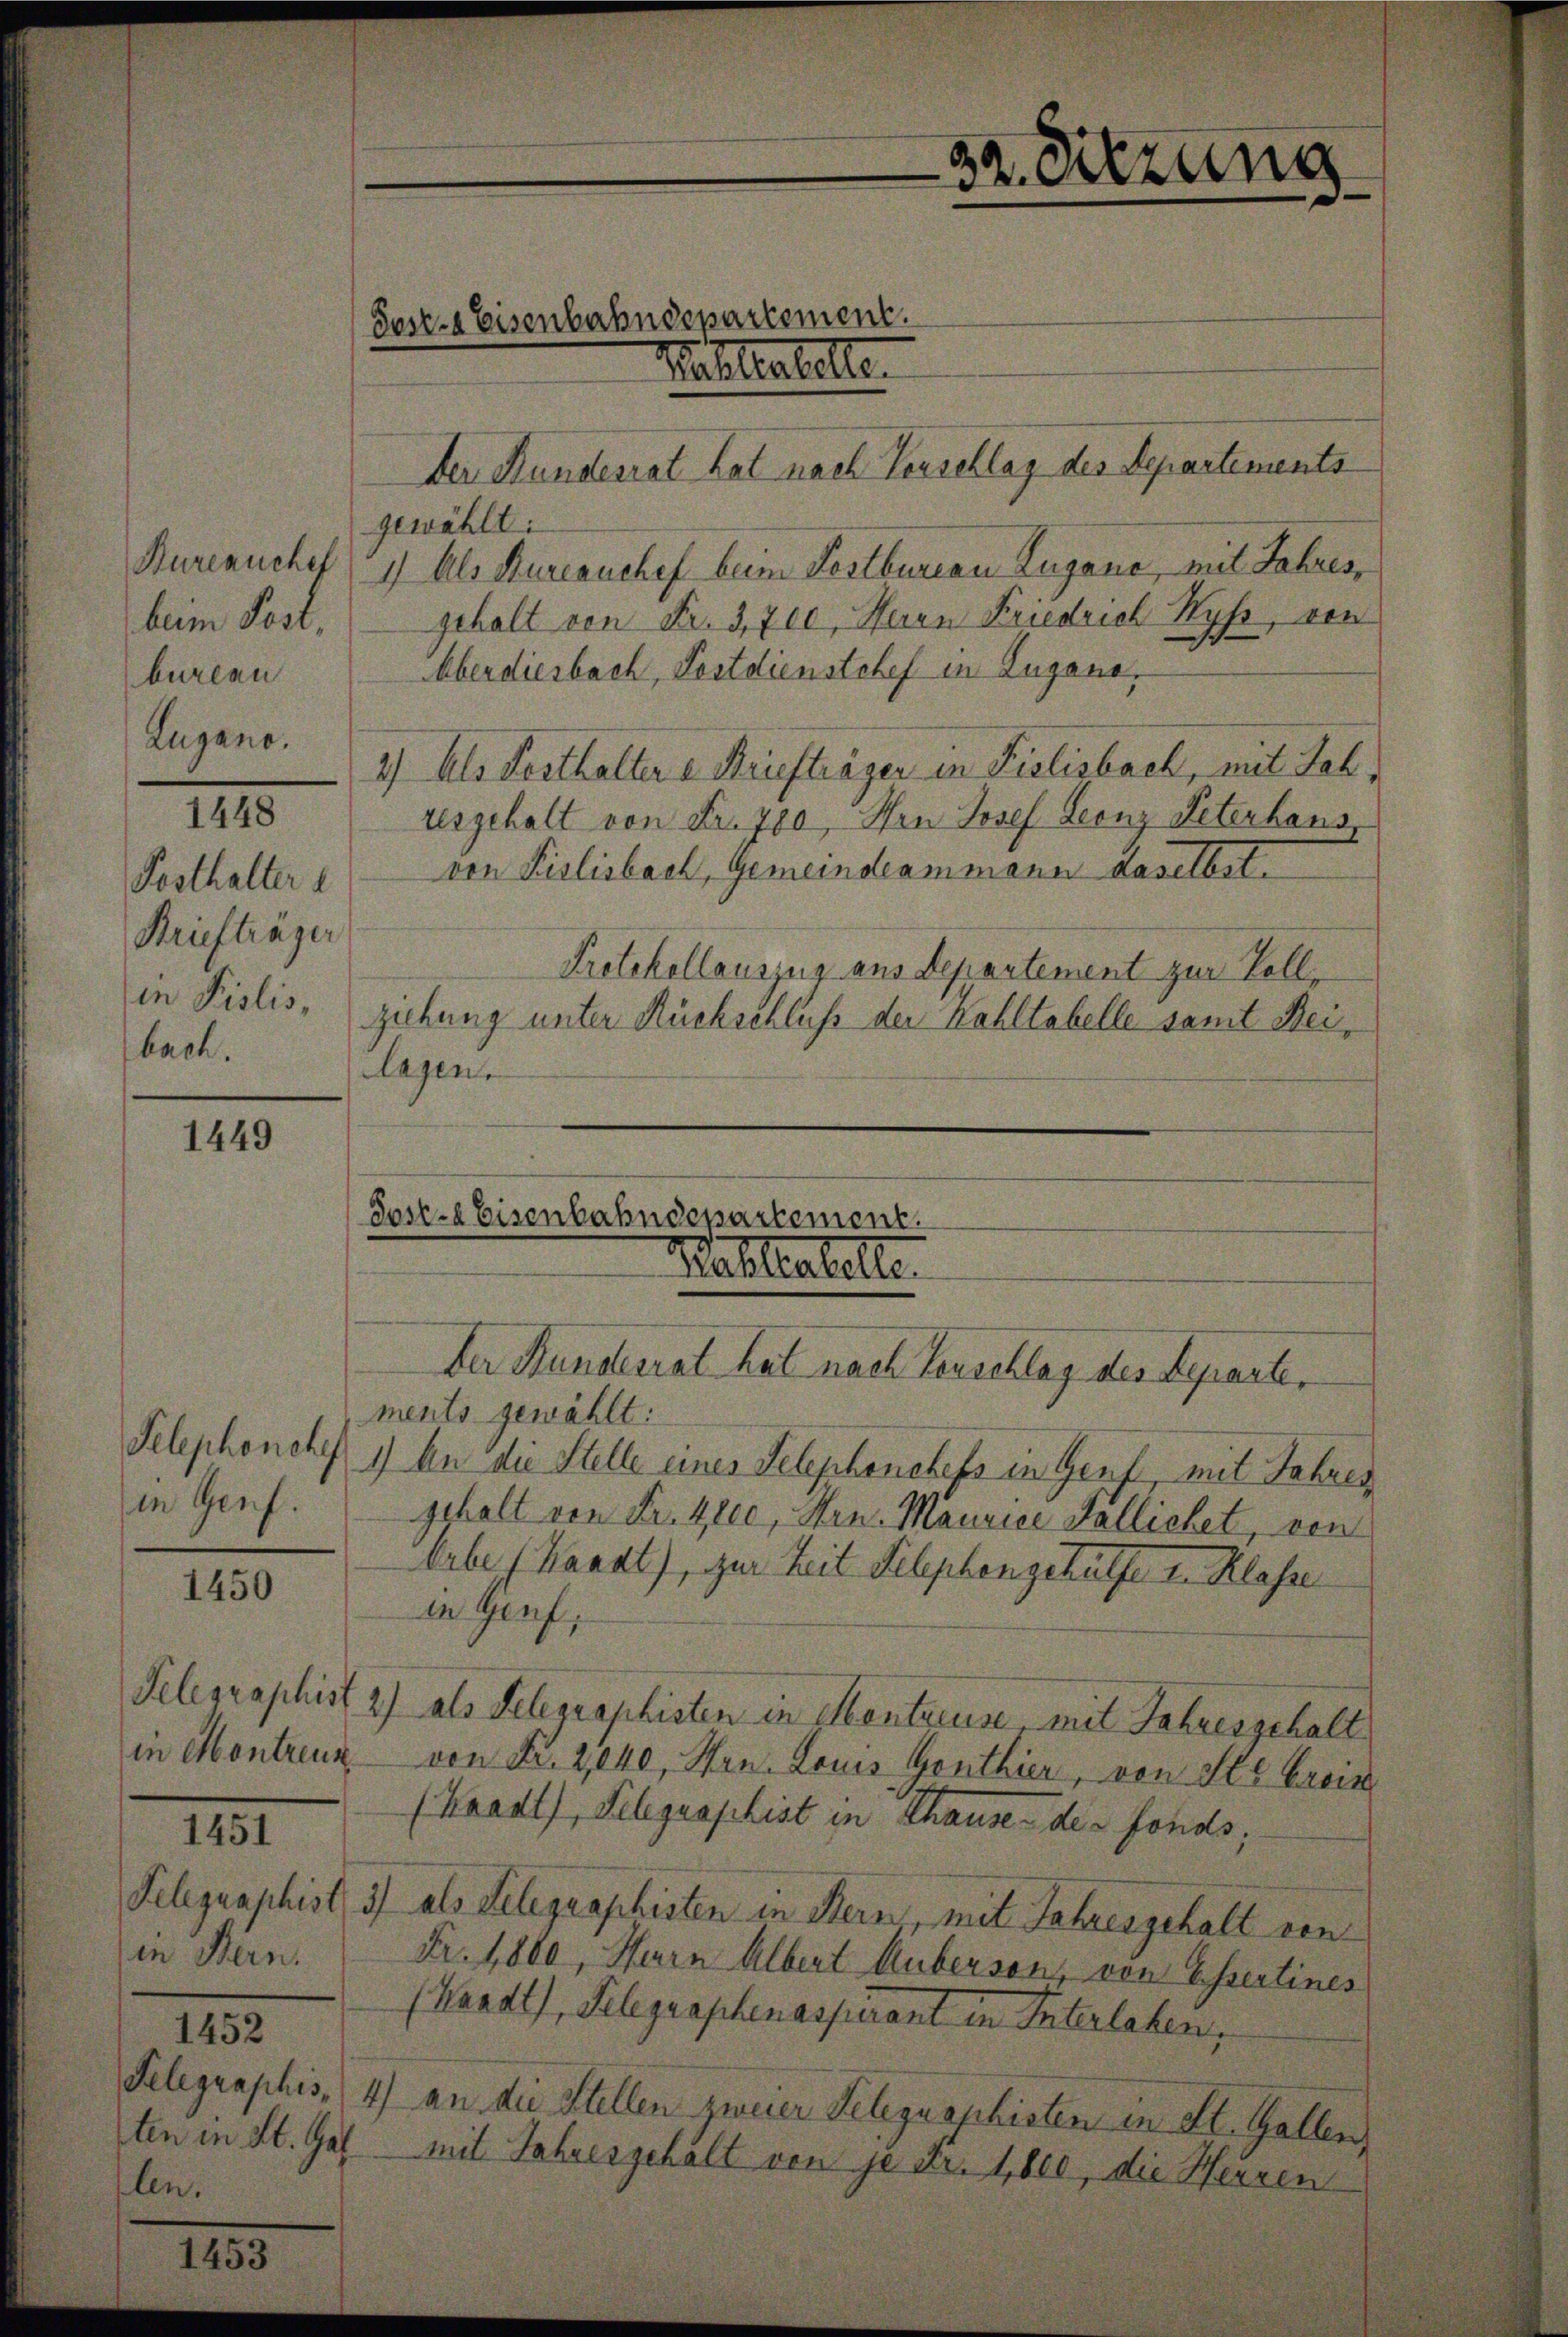
Bureauchef
bum Post,
bureau
Lugano.
1448
Posthalter 1
Briefträger
in Pislis,
bach.

1449

in Genf.

1450

in Montreux
in Bern.
1452
len.

III

135

Post- & Eisenbahndepartement.
Mahlestelle

Post-a Eisenbahndepartement.
Rahlakelte.
der Bunderrat hat nach Verschlag des Herante,

gewählt:
1) Als Bureauchef beim Postbureau Lugano, mit Jahres,
gehalt von Fr. 3,700, Herrn Friedrich Ryf, von
Oberdiesbach, Postdienstchef in Zugano,
2.) Als Festhalter v. Briefträger in Fislisbach, mit Joh.
resgehalt von Fr. 780, Hrn Josef Leonz Peterhausvon Pislisbach, Gemeindeammann daselbst.
Protokollauszug aus Departement zur Vollziehung unter Rückschluß der Kohltabelle samt Beilagen.

Der Hundesrat hat nach Verschlag des Departements

52. Sitzung

ments gewählt:
Telephonche 1) An die Stelle eines Telephenchefs in Genf, mit Jahres
gehalt von Fr. Ztec, Hrn. Maurice Fallichet, von
babe (Kanal), zur Zeit Telephongehülfe I. Klasse
in Genf,
Telegraphist 2) als Telegraphisten in Montreuse, mit Jahresgehalt
von Fr. 2,040, Wan Louis Genthier, von St. Greis
(Waadt, Telegraphist in Thause des fonds;
Telegraphist 3) als Telegraphisten in Bern, mit Jahresgehalt von
Fr. 1800, Hern Albert Huberson, von Essertiner
(Waadt, Gelegraphenaspirant in Interlaben,
Telegraphis (4) an die Stellen zweier Telegraphisten in St. Gallen,
ten in St. Gal mit Jahresgehalt von je dr. 1800, die Herren